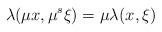
LaTeX: \begin{align*}\lambda ( \mu x, \mu^s \xi) = \mu \lambda (x,\xi)\end{align*}